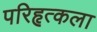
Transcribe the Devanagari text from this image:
परिहृत्कला